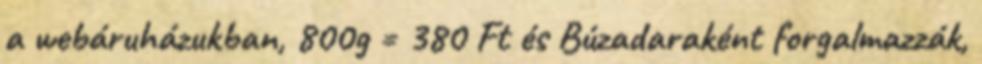
a webáruházukban, 800g = 380 Ft és Búzadaraként forgalmazzák,